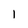
Character: 1